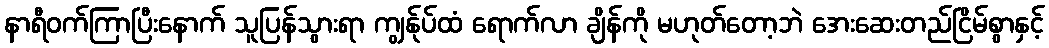
နာရီဝက်ကြာပြီးနောက် သူပြန်သွားရာ ကျွန်ုပ်ထံ ရောက်လာ ချိန်ကို မဟုတ်တော့ဘဲ အေးဆေးတည်ငြိမ်စွာနှင့်